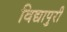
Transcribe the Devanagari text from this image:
विद्यापुरी